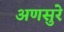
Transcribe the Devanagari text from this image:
अणसुरे